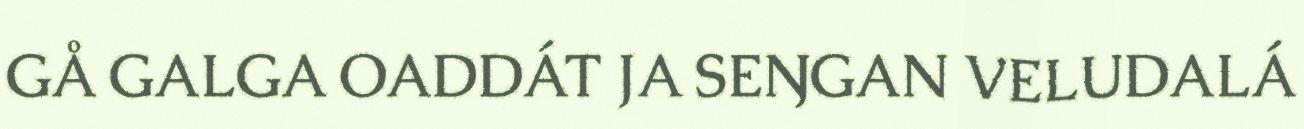
GÅ GALGA OADDÁT JA SEŊGAN VELUDALÁ